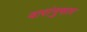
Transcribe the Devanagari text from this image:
वारांनुसार